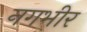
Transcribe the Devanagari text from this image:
नगभीर